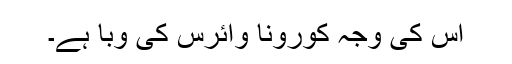
اس کی وجہ کورونا وائرس کی وبا ہے۔